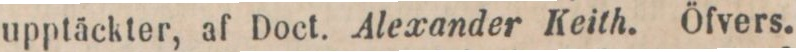
upptäckter, af Doct. Alexander Keith. Öfvers.